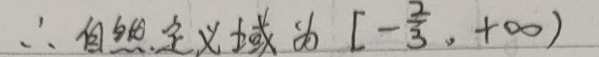
\(\therefore\) 自然定义域为 \([-\frac{2}{3},+\infty)\)